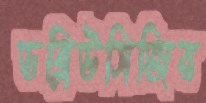
ডব্লিউসিজির